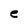
Character: e